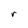
Character: r